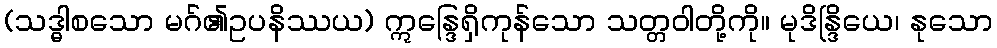
(သဒ္ဓါစသော မဂ်၏ဥပနိဿယ) ဣန္ဒြေရှိကုန်သော သတ္တဝါတို့ကို။ မုဒိန္ဒြိယေ၊ နုသော